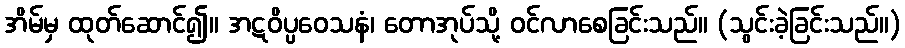
အိမ်မှ ထုတ်ဆောင်၍။ အဋဝိပ္ပဝေသနံ၊ တောအုပ်သို့ ဝင်လာစေခြင်းသည်။ (သွင်းခဲ့ခြင်းသည်။)